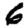
Digit: 6